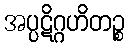
အပ္ပဋိဂ္ဂဟိတဉ္စ